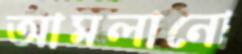
আমলানো